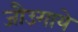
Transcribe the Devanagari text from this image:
जौउगाये